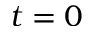
t = 0